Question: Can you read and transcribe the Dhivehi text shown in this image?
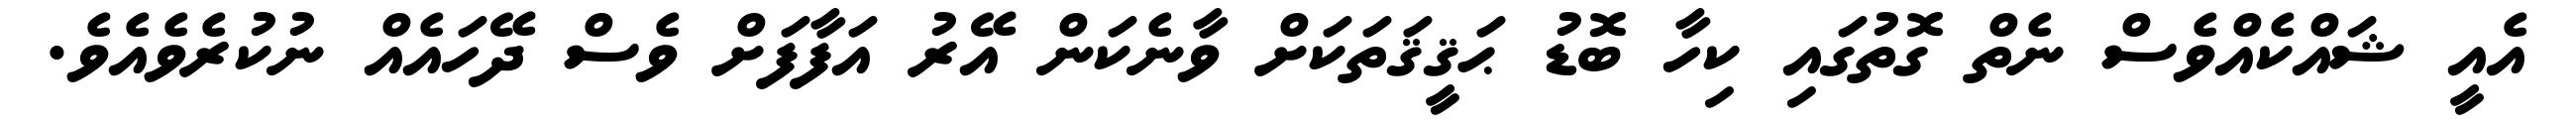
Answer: އެއީ ޝައްކެއްވެސް ނެތް ގޮތުގައި ކިހާ ބޮޑު ޙަޤީޤަތަކަށް ވާނެކަން އޭރު އަފާފަށް ވެސް ދޭހައެއް ނުކުރެވެއެވެ.